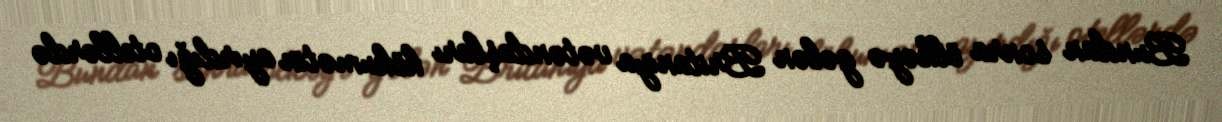
Bundan sonra ölkəyə gələn Britaniya vətəndaşları hökumətin ayırdığı otellərdə